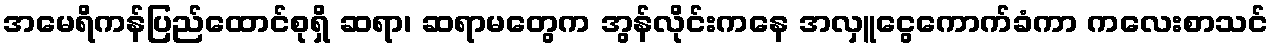
အမေရိကန်ပြည်ထောင်စုရှိ ဆရာ၊ ဆရာမတွေက အွန်လိုင်းကနေ အလှူငွေကောက်ခံကာ ကလေးစာသင်